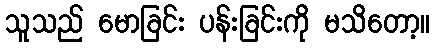
သူသည် မောခြင်း ပန်းခြင်းကို မသိတော့။